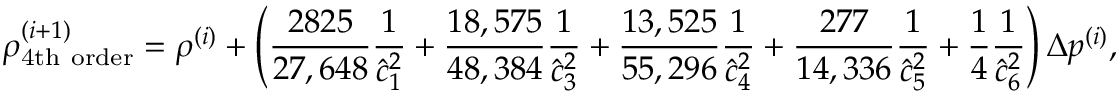
\rho _ { \mathrm { 4 t h ~ o r d e r } } ^ { ( i + 1 ) } = \rho ^ { ( i ) } + \left( \frac { 2 8 2 5 } { 2 7 , 6 4 8 } \frac { 1 } { \hat { c } _ { 1 } ^ { 2 } } + \frac { 1 8 , 5 7 5 } { 4 8 , 3 8 4 } \frac { 1 } { \hat { c } _ { 3 } ^ { 2 } } + \frac { 1 3 , 5 2 5 } { 5 5 , 2 9 6 } \frac { 1 } { \hat { c } _ { 4 } ^ { 2 } } + \frac { 2 7 7 } { 1 4 , 3 3 6 } \frac { 1 } { \hat { c } _ { 5 } ^ { 2 } } + \frac { 1 } { 4 } \frac { 1 } { \hat { c } _ { 6 } ^ { 2 } } \right) \Delta p ^ { ( i ) } ,